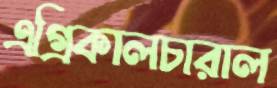
এগ্রিকালচারাল